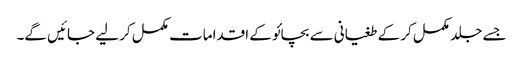
جسے جلد مکمل کر کے طغیانی سے بچائو کے اقدامات مکمل کر لیے جائیں گے۔